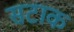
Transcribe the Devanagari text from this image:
सटाक